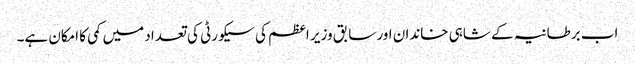
اب برطانیہ کے شاہی خاندان اور سابق وزیر اعظم کی سیکورٹی کی تعداد میں کمی کا امکان ہے۔